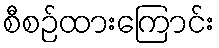
စီစဉ်ထားကြောင်း